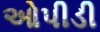
ઓપીડી